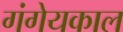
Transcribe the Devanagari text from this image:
गंगेयकाल